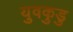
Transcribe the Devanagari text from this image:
युवकुडु